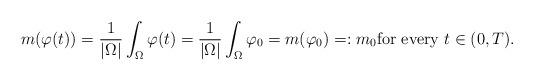
LaTeX: \begin{align*} m(\varphi(t)) = \frac{1}{|\Omega|} \int_{\Omega} \varphi(t) = \frac{1}{|\Omega|} \int_{\Omega} \varphi_0 = m (\varphi_0) =: m_0\textrm{for every $t \in (0,T)$.}\end{align*}